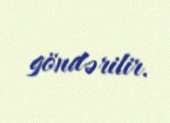
göndərilir.